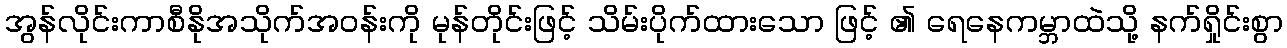
အွန်လိုင်းကာစီနိုအသိုက်အဝန်းကို မုန်တိုင်းဖြင့် သိမ်းပိုက်ထားသော ဖြင့် ၏ ရေနေကမ္ဘာထဲသို့ နက်ရှိုင်းစွာ